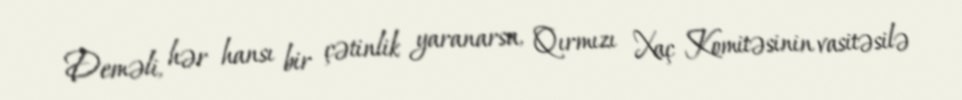
Deməli, hər hansı bir çətinlik yaranarsa, Qırmızı Xaç Komitəsinin vasitəsilə